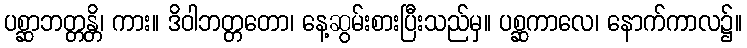
ပစ္ဆာဘတ္တန္တိ၊ ကား။ ဒိဝါဘတ္တတော၊ နေ့ဆွမ်းစားပြီးသည်မှ။ ပစ္ဆကာလေ၊ နောက်ကာလ၌။